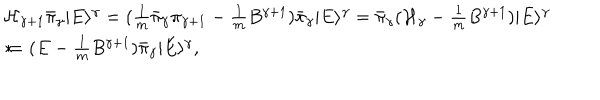
\begin{array} { l } { { { \mathcal { H } } _ { \gamma + 1 } \bar { \pi } _ { \gamma } | E \rangle ^ { \gamma } = ( \frac { 1 } { m } \bar { \pi } _ { \gamma } \pi _ { \gamma + 1 } - \frac { 1 } { m } B ^ { \gamma + 1 } ) \bar { \pi } _ { \gamma } | E \rangle ^ { \gamma } = \bar { \pi } _ { \gamma } ( { \mathcal { H } } _ { \gamma } - \frac { 1 } { m } B ^ { \gamma + 1 } ) | E \rangle ^ { \gamma } } } \\ { { * \hspace { 2 . 2 c m } = ( E - \frac { 1 } { m } B ^ { \gamma + 1 } ) \bar { \pi } _ { \gamma } | E \rangle ^ { \gamma } , } } \\ \end{array}